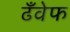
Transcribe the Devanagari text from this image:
ढँवेफ